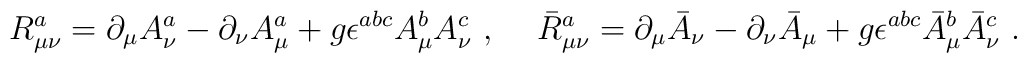
R^a_{\mu\nu}=\partial_\mu A^a_\nu - \partial_\nu A_\mu^a+g\epsilon^{abc}A^b_\mu A^c_\nu\ , \hskip 0.5cm\bar R^a_{\mu\nu}=\partial_\mu\bar A_\nu- \partial_\nu\bar A_\mu+g\epsilon^{abc}\bar A^b_\mu\bar A^c_\nu \ .